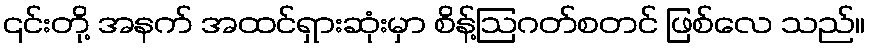
၎င်းတို့ အနက် အထင်ရှားဆုံးမှာ စိန့်ဩဂတ်စတင် ဖြစ်လေ သည်။